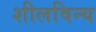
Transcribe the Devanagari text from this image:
शीलविन्य